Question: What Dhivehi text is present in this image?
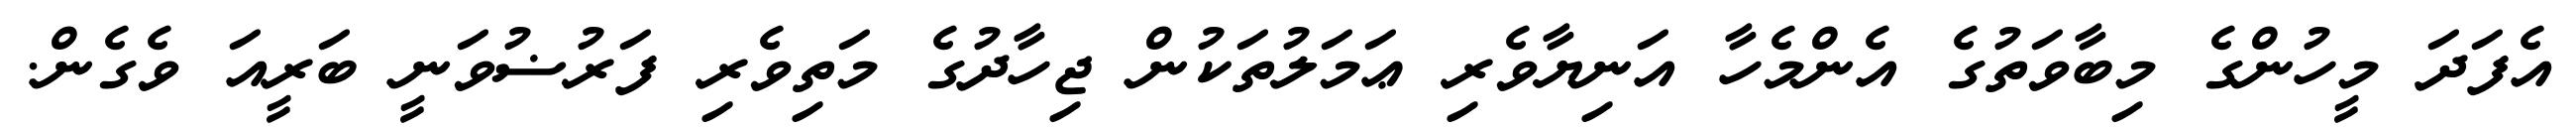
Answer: އެފަދަ މީހުންގެ މިބާވަތުގެ އެންމެހާ އަނިޔާވެރި ޢަމަލުތަކުން ޖިހާދުގެ މަތިވެރި ފަރުޟުވަނީ ބަރީއަ ވެގެން.